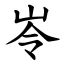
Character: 岺